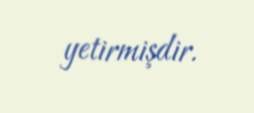
yetirmişdir.